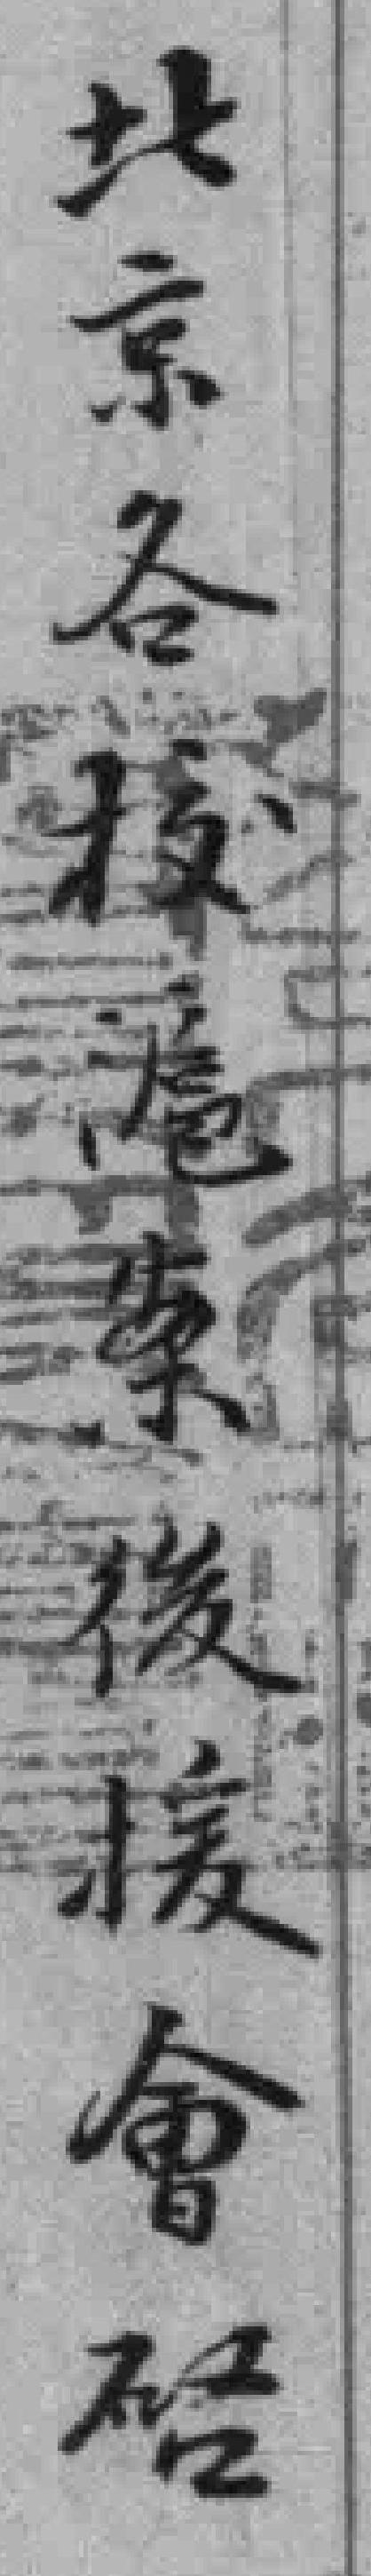
北京各校滬案後援會唘